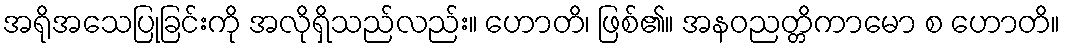
အရိုအသေပြုခြင်းကို အလိုရှိသည်လည်း။ ဟောတိ၊ ဖြစ်၏။ အနဝညတ္တိကာမော စ ဟောတိ။